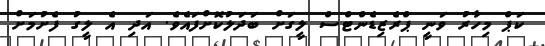
ކަޕް މިހާރު ވަނީ ޕްރެޒިޑެންޓްސް ލީގަށް ބަދަލުކޮށްފައެވެ. އަދި އެ ލީގު ފެށުމަށް